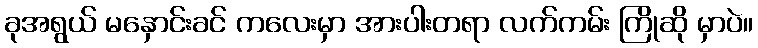
ခုအရွယ် မနှောင်းခင် ကလေးမှာ အားပါးတရာ လက်ကမ်း ကြိုဆို မှာပဲ။